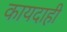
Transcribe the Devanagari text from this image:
कायदाही